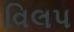
વિલપ